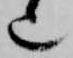
也